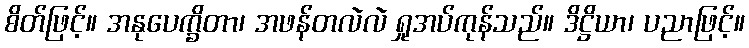
စိတ်ဖြင့်။ အနုပေက္ခိတာ၊ အဖန်တလဲလဲ ရှုအပ်ကုန်သည်။ ဒိဋ္ဌိယာ၊ ပညာဖြင့်။